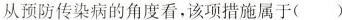
从预防传染病的角度看，该项措施属于( )